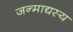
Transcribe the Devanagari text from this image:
जन्माद्यस्य